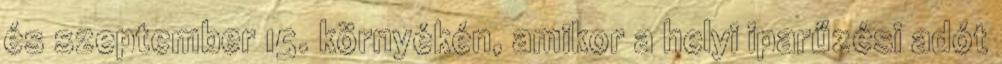
és szeptember 15. környékén, amikor a helyi iparűzési adót